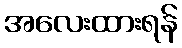
အလေးထားရန်